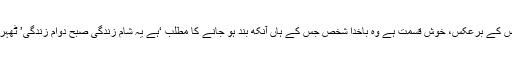
اس کے برعکس، خوش قسمت ہے وہ باخدا شخص جس کے ہاں آنکھ بند ہو جانے کا مطلب ‘ہے یہ شامِ زندگی صبحِ دوامِ زندگی’ ٹھہرا۔